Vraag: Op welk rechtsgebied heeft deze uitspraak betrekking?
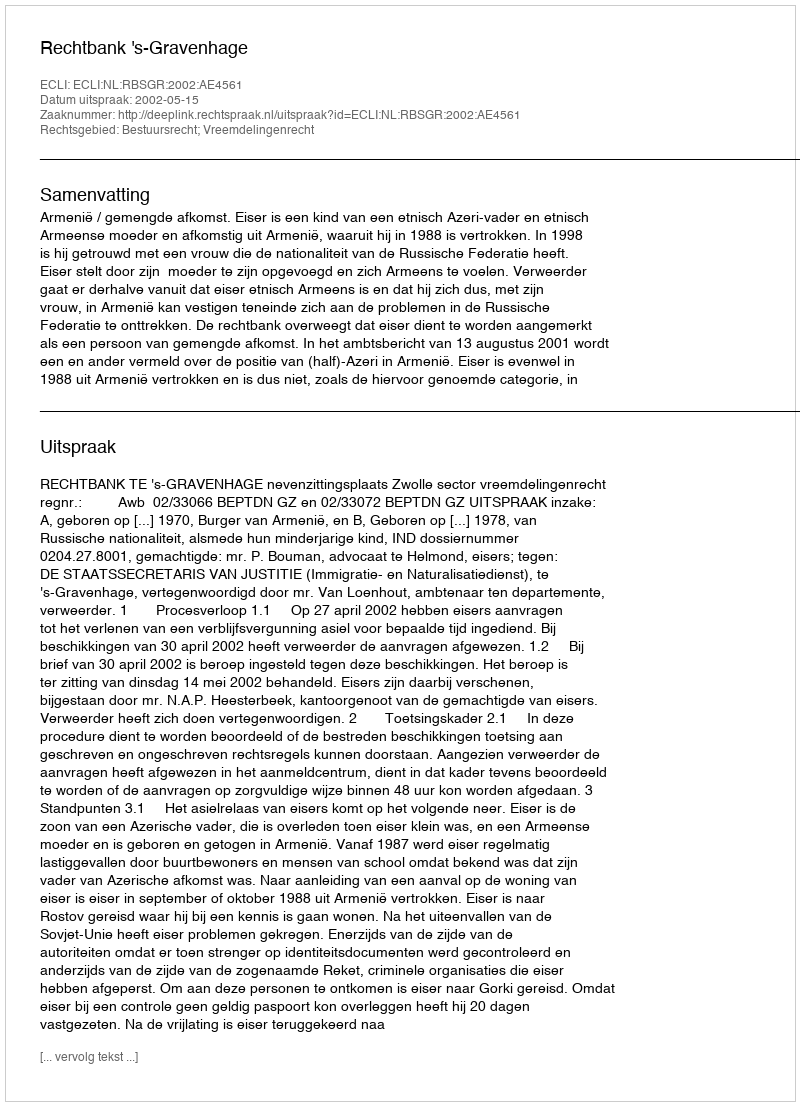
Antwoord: Bestuursrecht; Vreemdelingenrecht